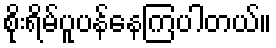
စိုးရိမ်ပူပန်နေကြပါတယ်။